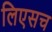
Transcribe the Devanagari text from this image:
लिएसच